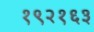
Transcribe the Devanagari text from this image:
१९२१६३